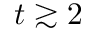
t \gtrsim 2